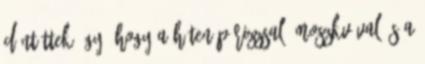
döntöttek így, hogy a héten Párizzsal, Moszkvával és a